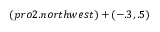
( p r o 2 . n o r t h w e s t ) + ( - . 3 , . 5 )